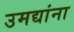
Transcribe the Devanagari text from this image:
उमद्यांना